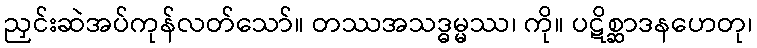
ညှင်းဆဲအပ်ကုန်လတ်သော်။ တဿအသဒ္ဓမ္မဿ၊ ကို။ ပဋိစ္ဆာဒနဟေတု၊